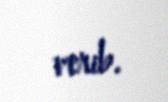
verib.